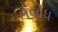
તલોધ